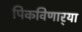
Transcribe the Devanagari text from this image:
पिकविणार्‍या